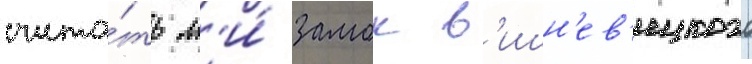
счита́ть л'и́ замок в'ишн'ев'ецкого